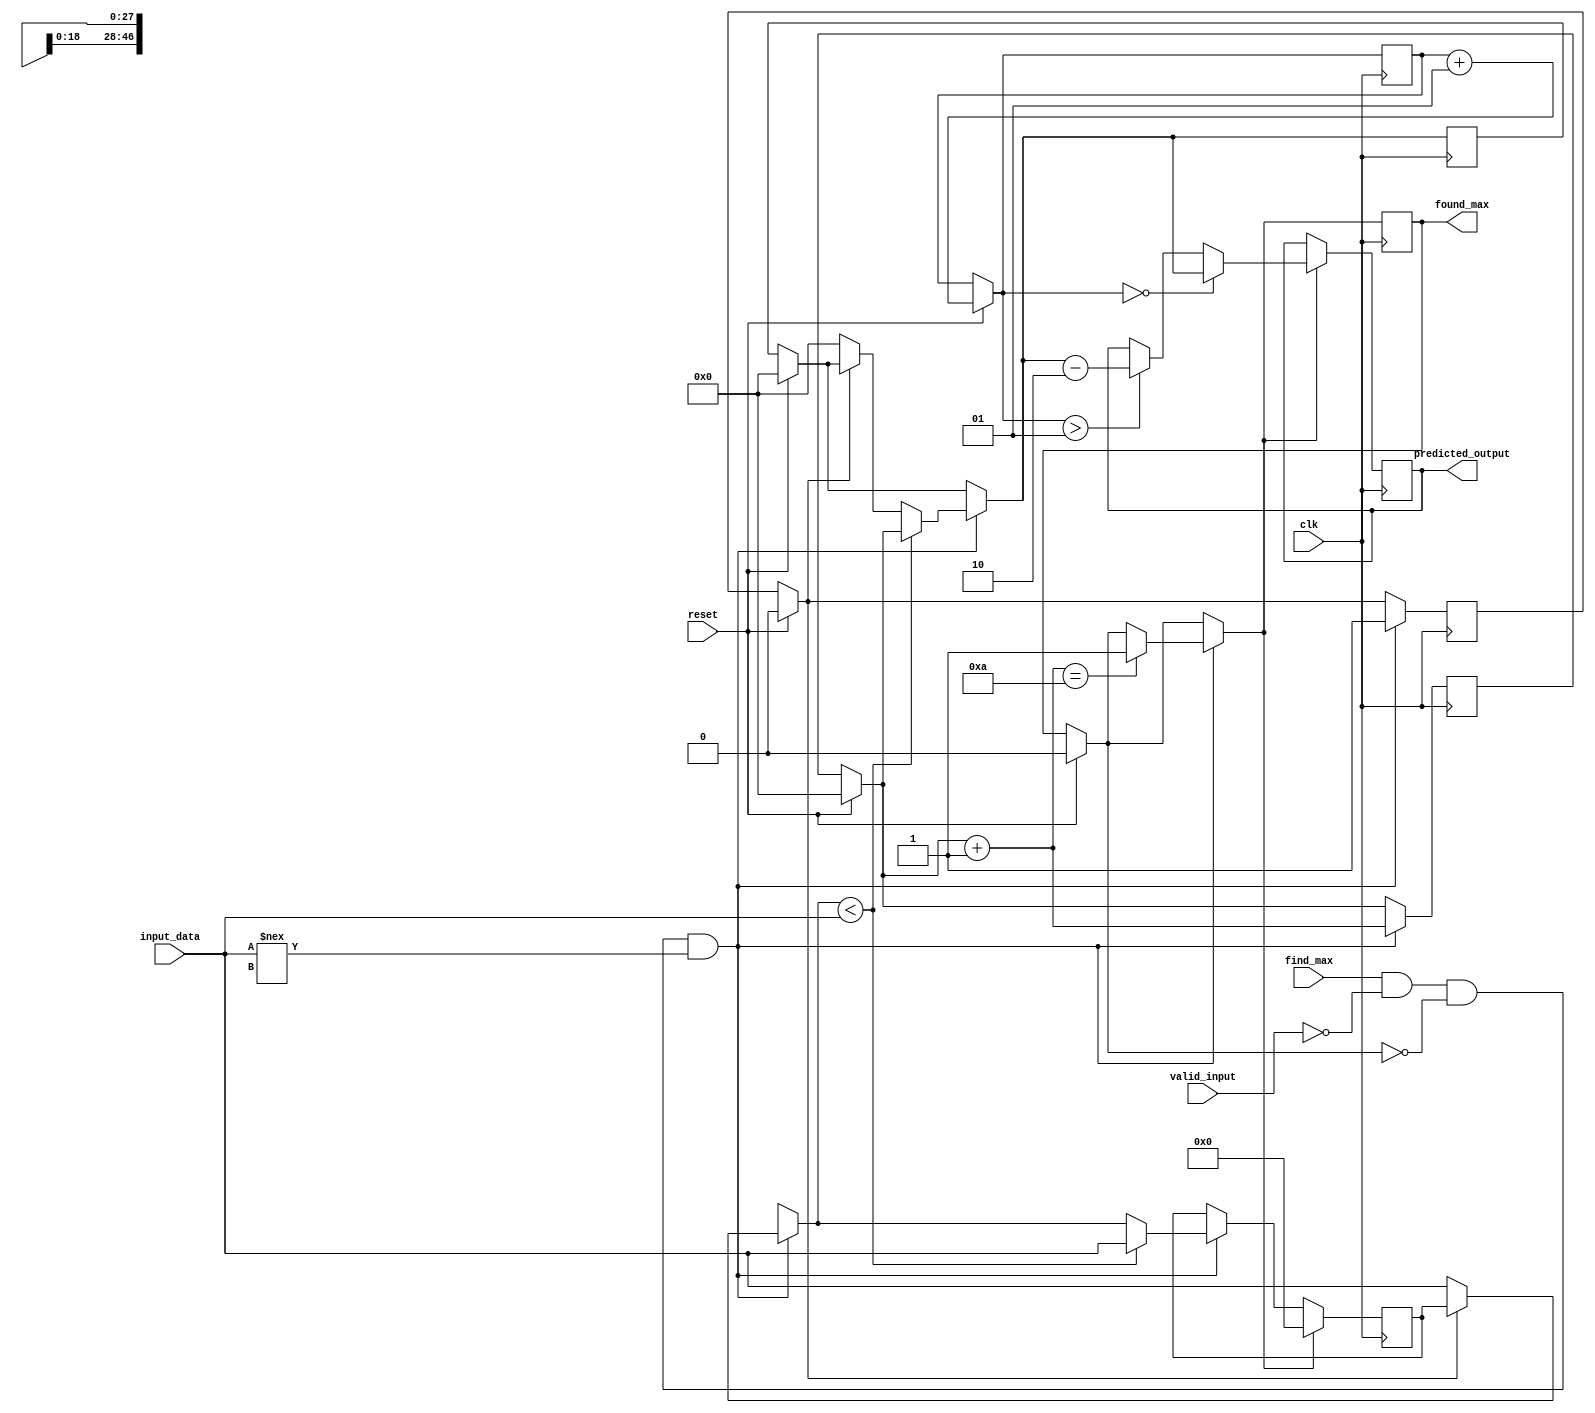
`timescale 1ns / 1ps


module max_finder #(parameter INDATA_WIDTH = 47, NN4=10, PREVLAYER_COUNT =10)(
    input clk,find_max,
    input [INDATA_WIDTH-1:0]input_data,
    input valid_input,
    input reset,
    output reg [3:0]predicted_output,
    output reg found_max
    );
    reg [0:INDATA_WIDTH-1]max;
    reg [0:3]index;
    reg [0:3] address;
    reg x,y;
    integer correction=0;
    always @(negedge clk)
    begin
        if(reset)
        begin
        address=0;
        index=0;
        y=0;
        x=0;
        correction=correction+1;
        found_max=0;
        end
          if(find_max && (!valid_input) && (found_max==0)&& (input_data!==28'bx))
          begin
             if(x==0)
             begin
                max=input_data;
                x=1;
                index=0;
             end
            if(max<input_data)
                begin
                max=input_data;
                index=address;
                end
             address = address+1;
             if(address==10)
             found_max=1;
          end
         if(found_max)
         begin
         if(correction==0)
         predicted_output= index;
         else if(correction >1)
         predicted_output= index-2;
         max=0;
         end
            
        end
endmodule